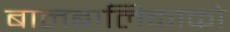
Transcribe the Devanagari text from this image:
बालबालिकाको